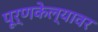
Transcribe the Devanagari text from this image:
पूर्णकेल्यावर